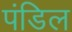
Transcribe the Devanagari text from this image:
पंडिल